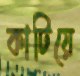
কাটিয়ে